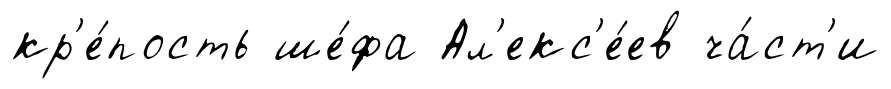
кр'е́пость ше́фа Ал'екс'е́ев ча́ст'и